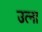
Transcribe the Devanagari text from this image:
उत्ना